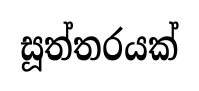
සූත්තරයක්